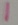
Text: 1